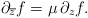
\begin{align*}\partial_{\overline{z}} f = \mu \, \partial_{z}f. \end{align*}